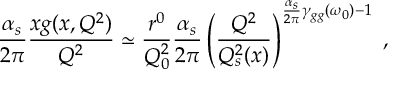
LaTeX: { \frac { \alpha _ { s } } { 2 \pi } } { \frac { x g ( x , Q ^ { 2 } ) } { Q ^ { 2 } } } \simeq { \frac { r ^ { 0 } } { Q _ { 0 } ^ { 2 } } } { \frac { \alpha _ { s } } { 2 \pi } } \left( { \frac { Q ^ { 2 } } { Q _ { s } ^ { 2 } ( x ) } } \right) ^ { { \frac { \alpha _ { s } } { 2 \pi } } \gamma _ { g g } ( \omega _ { 0 } ) - 1 } \; ,